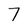
Character: 7